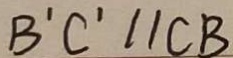
B ^ { \prime } C ^ { \prime } / / C B